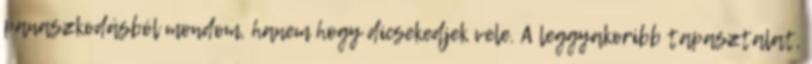
panaszkodásból mondom, hanem hogy dicsekedjek vele. A leggyakoribb tapasztalat,